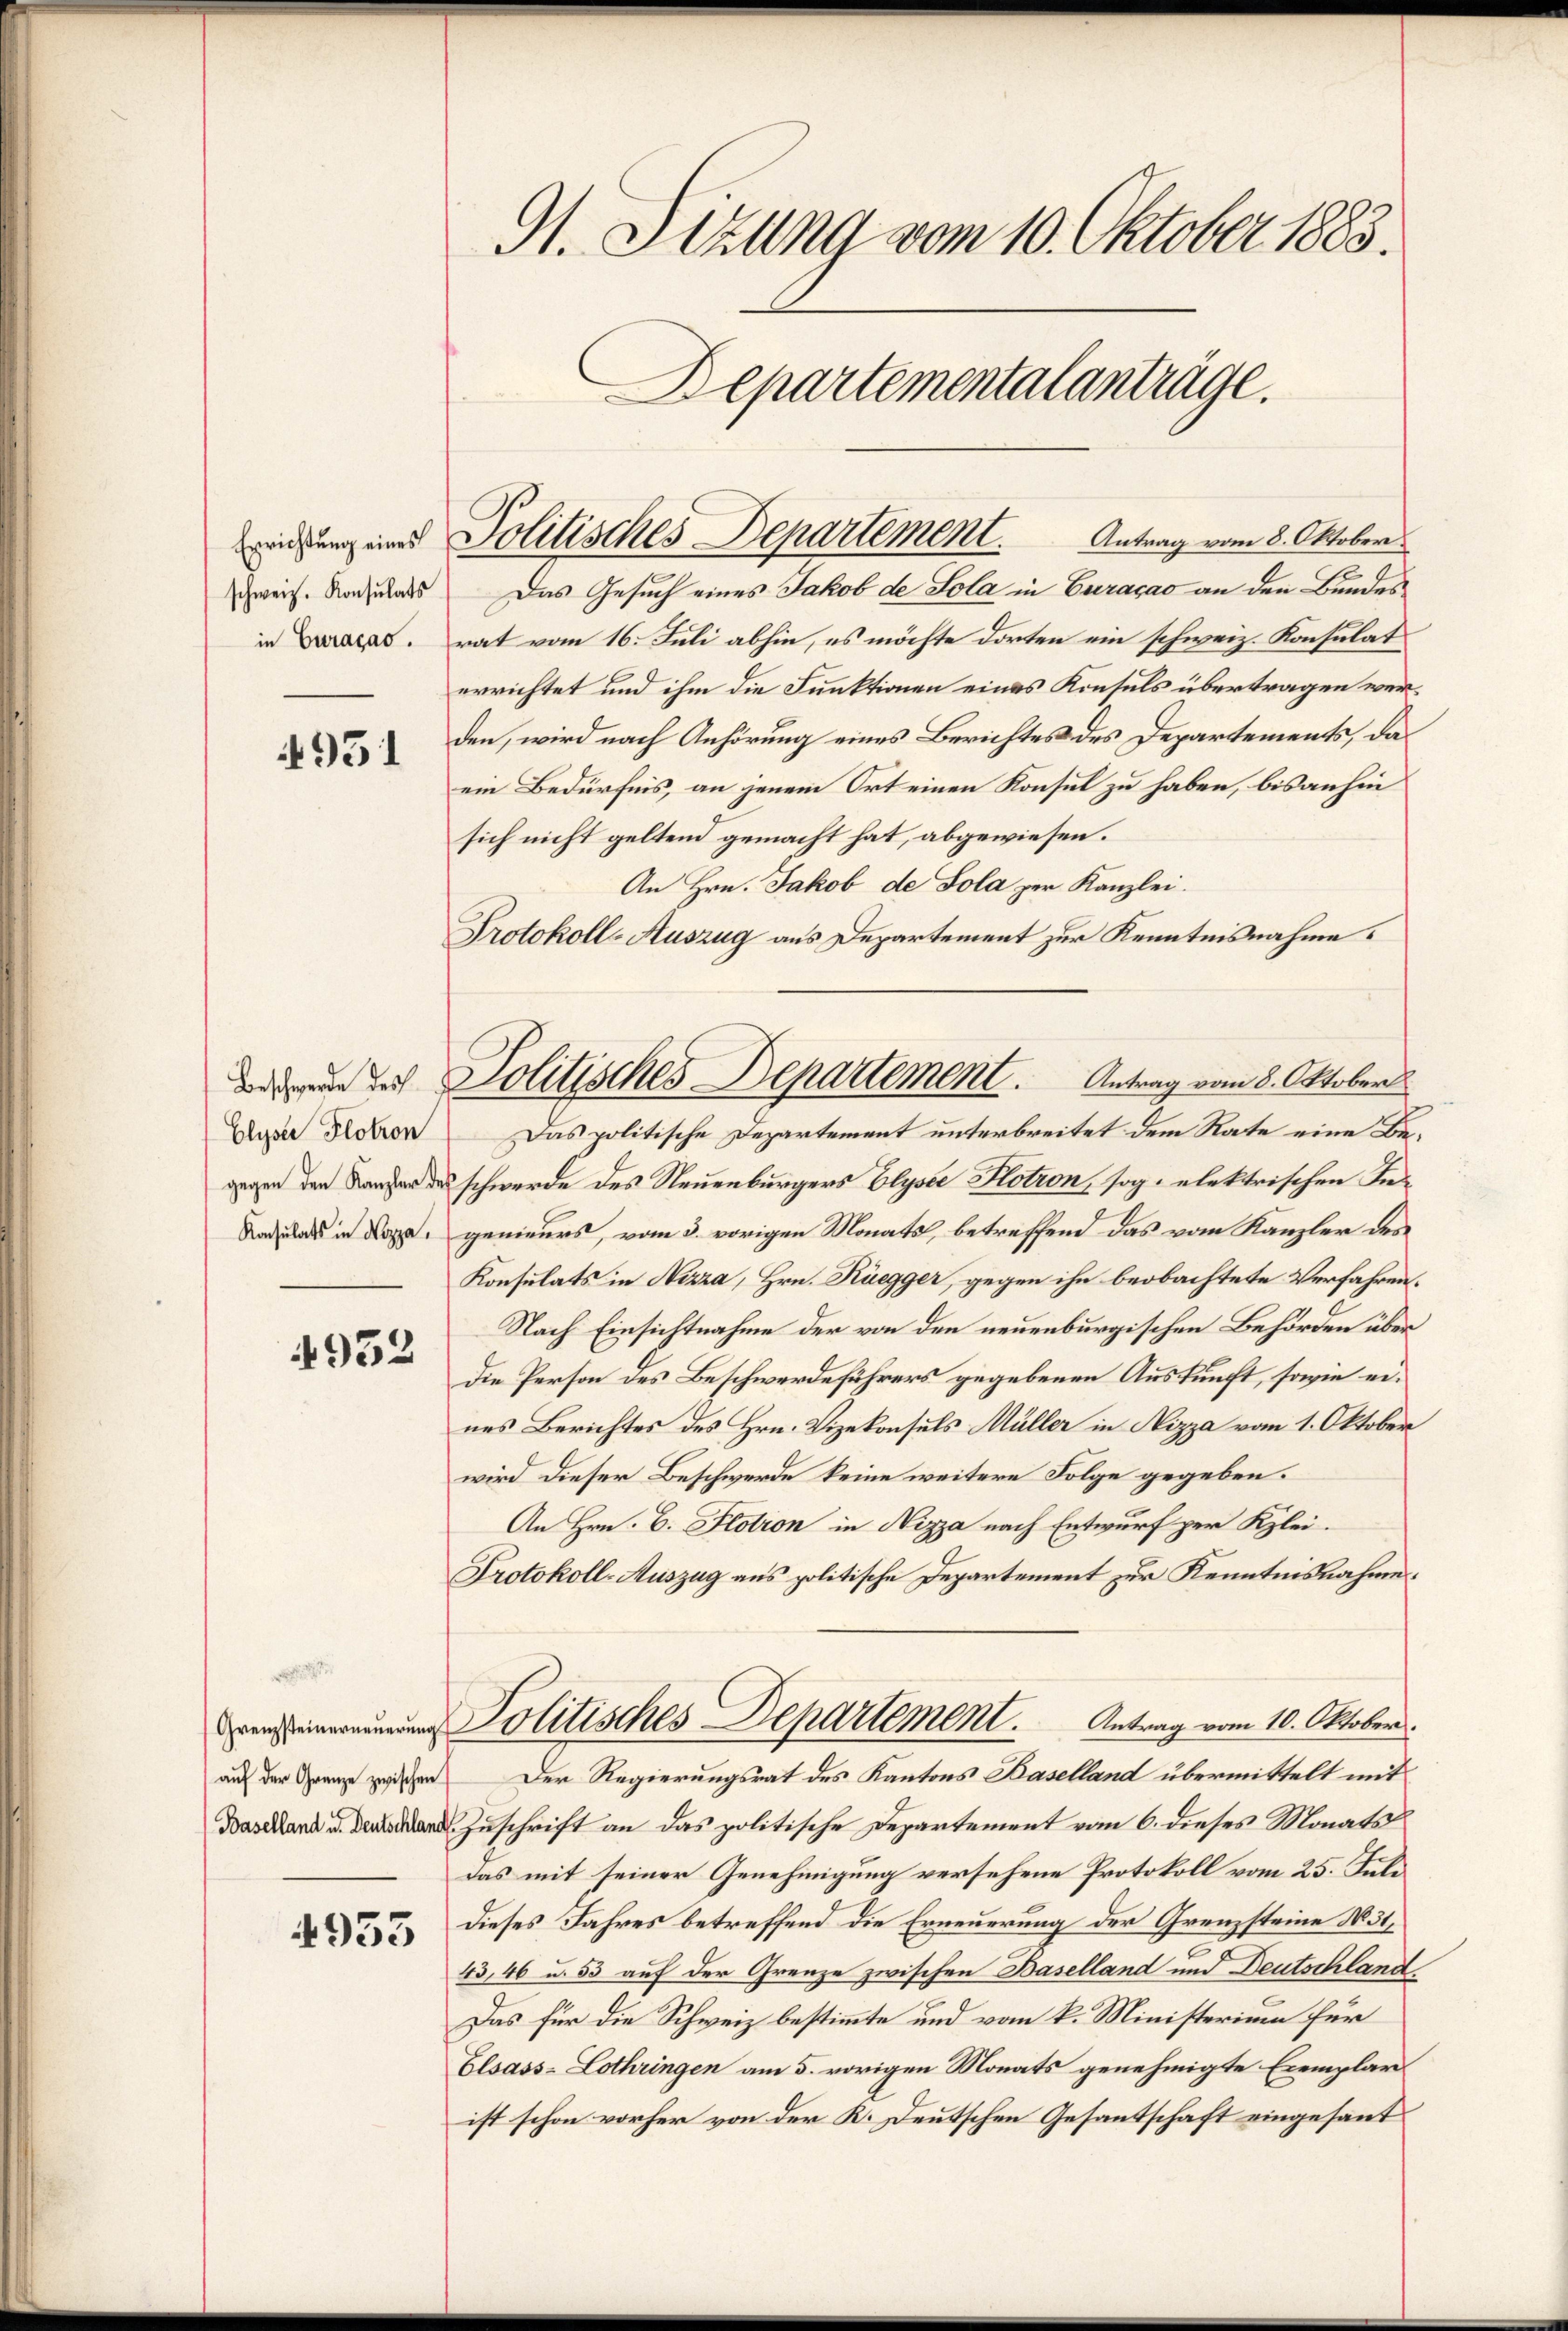
Errichtung eines
schweiz. Konsulats
in Curaçao.

4951

Elyser Plotron
Konsulats in Kozza,

4932

(Grenzsteinerneuerung

4933

91. Setzung vom 10. Oktober 1883.
Departementalanträge.

rat vom 16. Juli abhin, es möchte dorten ein schweiz. Konsulat
errichtet und ihm die Funktionen eines Konsuls übertragen werden, wird nach Anhörung eines Berichtes des Departements, da
ein Bedürfnis, an jenem Ort einen Konsul zu haben, bis anhin
sich nicht geltend gemacht hat, abgewiesen.
An Hrn. Jakob de Sola zur Kanzlei.
Protokoll-Auszug aus Departement zur Kenntnisnahme.
Das politische Departement unterbreitet dem Rate eine Be¬
 des schwerde des Neuenburgers Elyser Kotron, sog. elektrischen Fiegenieurs, vom 3. vorigen Monats, betreffend das vom Kanzler des
Konsulats in Nizza, Hrn. Rüegger, gegen ihn beobachtete Verfahren¬
Nach Einsichtnahme der von den neuenburgischen Behörden über
Die Person des Beschwerdeführers gegebenen Auskunft, sowie eines Berichtes des Hrn. Vizekonsuls Müller in Nizza vom 1. Oktober
wird dieser Beschwerde keine weitere Folge gegeben.
An Hrn. B. Plotion in Nizza nach Entwurf per Klei¬
Protokoll-Auszug aus politische Departement zur Kenntnisnahme.
Politisches Departement. Antrag vom 10. Oktober.
auf der Grenze zwischen Der Regierungsrat des Kantons Baselland übermittelt mit
 Zuschrift an das politische Departement vom 6. dieses Monats
das mit seiner Genehmigung versehene Protokoll vom 25. Juli
dieses Jahres betreffend die Erneuerung der Grenzsteine No. 31,
43,46 u. 53 auf der Grenze zwischen Baselland und Deutschland.
Das für die Schweiz bestimmte und vom k. Ministerium für
Elsass-Lothringen am 5. vorigen Monats genehmigte Exemplar
ist schon vorher von der K. Deutschen Gesantschaft eingesant¬

Politisches Departement. Antrag vom 8. Oktober
Das Gesuch eines Jakob de Sola in Curacao an den Bundes

Politisches Departement. Antrag vom 8. Oktober